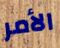
الأمر